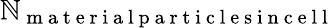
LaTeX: \mathbb{N}_{\mathrm{{~m~a~t~e~r~i~a~l~p~a~r~t~i~c~l~e~s~i~n~c~e~l~l~}}}